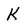
Character: K